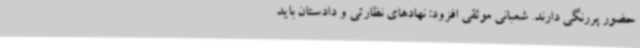
حضور پررنگی دارند. شعبانی موثقی افزود: نهادهای نظارتی و دادستان باید